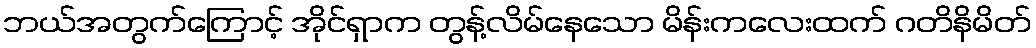
ဘယ်အတွက်ကြောင့် အိုင်ရှာက တွန့်လိမ်နေသော မိန်းကလေးထက် ဂတိနိမိတ်